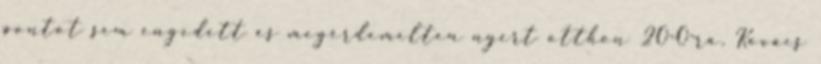
pontot sem engedett és megérdemelten nyert otthon 20-0-ra. Kovács